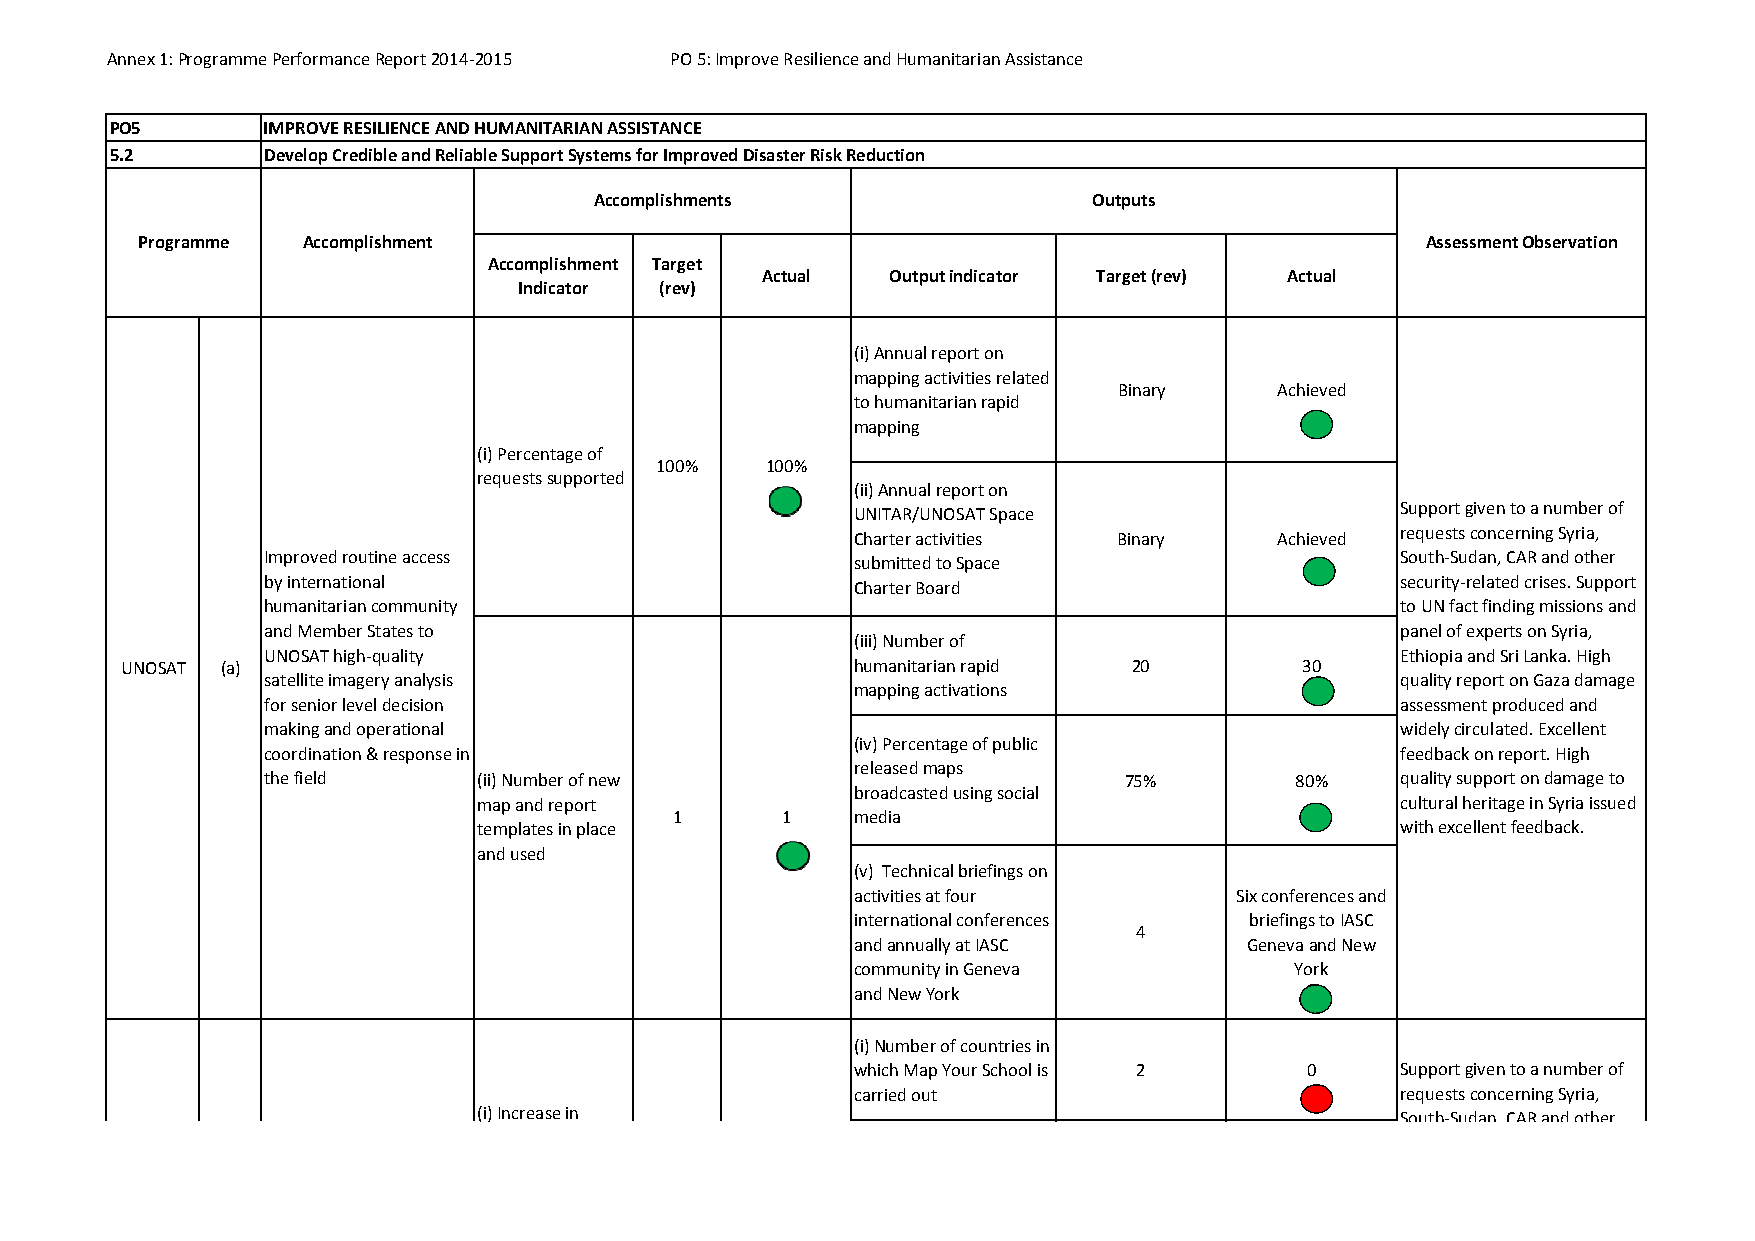
Annex 1: Programme Performance Report 2014‐2015 PO 5: Improve Resilience and Humanitarian Assistance
 PO5       IMPROVE RESILIENCE AND HUMANITARIAN ASSISTANCE
 5.2       Develop Credible and Reliable Support Systems for Improved Disaster Risk Reduction
 Accomplishments                  Outputs
 Programme  Accomplishment                                                            Assessment Observation
 Accomplishment Target
 Actual   Output indicator Target (rev) Actual
 Indicator (rev)
 (i) Annual report on
 mapping activities related
 Binary     Achieved
 to humanitarian rapid
 mapping
 (i) Percentage of
 100%    100%
 requests supported
 (ii) Annual report on
 UNITAR/UNOSAT Space                 Support given to a number of
 Charter activities Binary   Achieved requests concerning Syria,
 Improved routine access                 submitted to Space                  South‐Sudan, CAR and other
 by international                        Charter Board                       security‐related crises. Support
 humanitarian community                                                      to UN fact finding missions and
 and Member States to                                                        panel of experts on Syria,
 (iii) Number of
 UNOSAT high‐quality                                                         Ethiopia and Sri Lanka. High
 UNOSAT (a)                                       humanitarian rapid 20        30
 satellite imagery analysis                                                  quality report on Gaza damage
 mapping activations
 for senior level decision                                                   assessment produced and
 making and operational                                                      widely circulated. Excellent
 (iv) Percentage of public
 coordination & response in                                                  feedback on report. High
 released maps
 the field      (ii) Number of new                        75%         80%    quality support on damage to
 broadcasted using social
 map and report                                               cultural heritage in Syria issued
 1      1    media
 templates in place                                           with excellent feedback.
 and used
 (v) Technical briefings on
 activities at four       Six conferences and
 international conferences briefings to IASC
 4
 and annually at IASC      Geneva and New
 community in Geneva          York
 and New York
 (i) Number of countries in
 which Map Your School is 2    0     Support given to a number of
 carried out                         requests concerning Syria,
 (i) Increase in                                              South‐Sudan CARandother